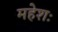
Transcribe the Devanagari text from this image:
महेशः